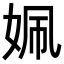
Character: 姵